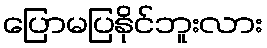
ပြောမပြနိုင်ဘူးလား